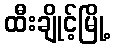
ထီးချိုင့်မြို့